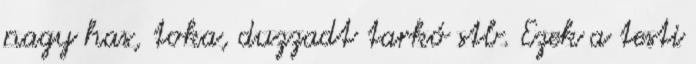
nagy has, toka, duzzadt tarkó stb. Ezek a testi